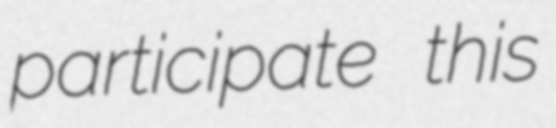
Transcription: participate this